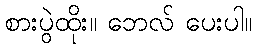
စားပွဲထိုး။ ဘေလ် ပေးပါ။